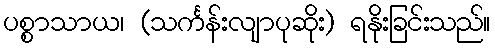
ပစ္စာသာယ၊ (သင်္ကန်းလျာပုဆိုး) ရနိုးခြင်းသည်။